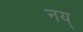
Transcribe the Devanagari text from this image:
नय्